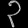
Digit: ၃